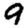
Digit: 9